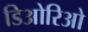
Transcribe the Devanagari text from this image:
डिओरिओ